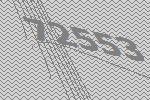
72553